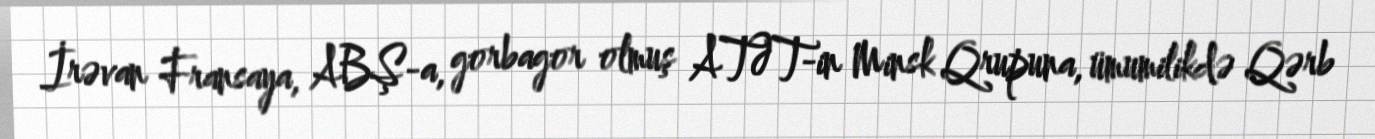
İrəvan Fransaya, ABŞ-a, gorbagor olmuş ATƏT-in Minsk Qrupuna, ümumilikdə Qərb